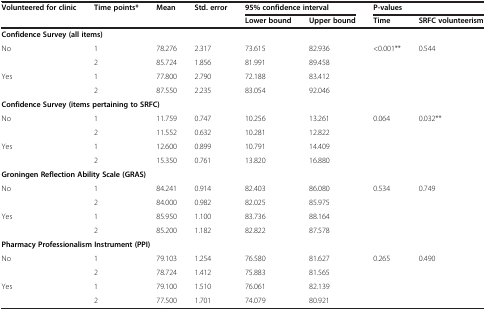
| <ROWSPAN=2> Volunteered for clinic | <ROWSPAN=2> Time points* | <ROWSPAN=2> Mean | <ROWSPAN=2> Std. error | <COLSPAN=2> 95% confidence interval | <COLSPAN=2> P-values |
 | Lower bound | Upper bound | Time | SRFC volunteerism |
 | --- | --- | --- | --- | --- | --- | --- | --- |
 | <COLSPAN=8> Confidence Survey (all items) |
 | <ROWSPAN=2> No | 1 | 78.276 | 2.317 | 73.615 | 82.936 | <ROWSPAN=4> <0.001** | <ROWSPAN=4> 0.544 |
 | 2 | 85.724 | 1.856 | 81.991 | 89.458 |
 | <ROWSPAN=2> Yes | 1 | 77.800 | 2.790 | 72.188 | 83.412 |
 | 2 | 87.550 | 2.235 | 83.054 | 92.046 |
 | <COLSPAN=8> Confidence Survey (items pertaining to SRFC) |
 | <ROWSPAN=2> No | 1 | 11.759 | 0.747 | 10.256 | 13.261 | <ROWSPAN=4> 0.064 | <ROWSPAN=4> 0.032** |
 | 2 | 11.552 | 0.632 | 10.281 | 12.822 |
 | <ROWSPAN=2> Yes | 1 | 12.600 | 0.899 | 10.791 | 14.409 |
 | 2 | 15.350 | 0.761 | 13.820 | 16.880 |
 | <COLSPAN=8> Groningen Reflection Ability Scale (GRAS) |
 | <ROWSPAN=2> No | 1 | 84.241 | 0.914 | 82.403 | 86.080 | <ROWSPAN=4> 0.534 | <ROWSPAN=4> 0.749 |
 | 2 | 84.000 | 0.982 | 82.025 | 85.975 |
 | <ROWSPAN=2> Yes | 1 | 85.950 | 1.100 | 83.736 | 88.164 |
 | 2 | 85.200 | 1.182 | 82.822 | 87.578 |
 | <COLSPAN=8> Pharmacy Professionalism Instrument (PPI) |
 | <ROWSPAN=2> No | 1 | 79.103 | 1.254 | 76.580 | 81.627 | <ROWSPAN=4> 0.265 | <ROWSPAN=4> 0.490 |
 | 2 | 78.724 | 1.412 | 75.883 | 81.565 |
 | <ROWSPAN=2> Yes | 1 | 79.100 | 1.510 | 76.061 | 82.139 |
 | 2 | 77.500 | 1.701 | 74.079 | 80.921 |